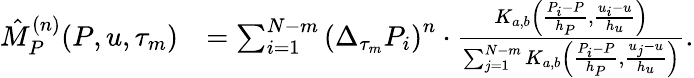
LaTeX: \begin{array}{rl}{\hat{M}_{P}^{(n)}(P,u,\tau_{m})}&{=\sum_{i=1}^{N-m}\left(\Delta_{\tau_{m}}P_{i}\right)^{n}\cdot\frac{K_{a,b}\left(\frac{P_{i}-P}{h_{P}},\frac{u_{i}-u}{h_{u}}\right)}{\sum_{j=1}^{N-m}K_{a,b}\left(\frac{P_{i}-P}{h_{P}},\frac{u_{j}-u}{h_{u}}\right)}.}\end{array}